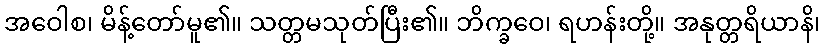
အဝေါစ၊ မိန့်တော်မူ၏။ သတ္တမသုတ်ပြီး၏။ ဘိက္ခဝေ၊ ရဟန်းတို့။ အနုတ္တရိယာနိ၊